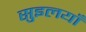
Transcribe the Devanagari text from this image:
सुइलयाँ